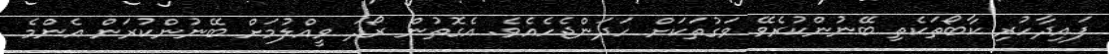
ފައިދާހުރި ކާބޯތަކެތި ބޭނުންކުރެވޭ ވަގުތަކަށް ހަދަންޖެހެއެވެ. އެގޮތުން ރޯދަ ވީއްލުމަށް ބޭނުންކުރަން އެންމެ